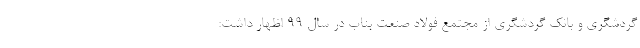
گردشگری و بانک گردشگری از مجتمع فولاد صنعت بناب در سال 99 اظهار داشت: